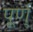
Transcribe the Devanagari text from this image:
पूर्ण्